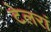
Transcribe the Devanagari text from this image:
टेलरां